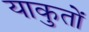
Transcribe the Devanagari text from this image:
याकुतों